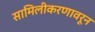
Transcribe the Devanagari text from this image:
सामिलीकरणावरून